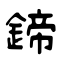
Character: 鍗